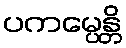
ပကမ္ပေန္တိ